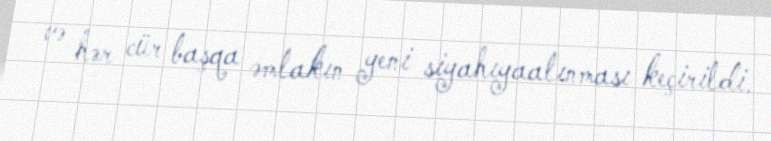
və hər cür başqa əmlakın yeni siyahıyaalınması keçirildi.